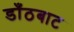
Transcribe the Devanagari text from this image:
डाँठबाट